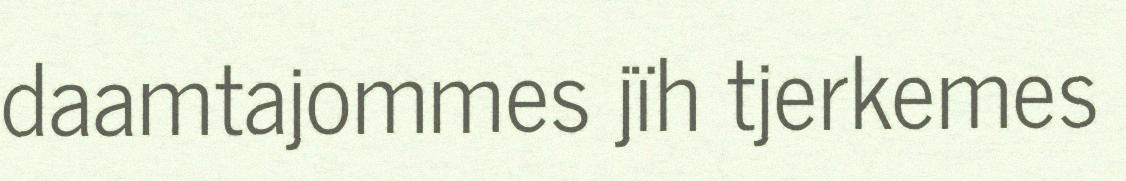
daamtajommes jïh tjerkemes